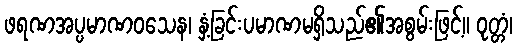
ဖရဏအပ္ပမာဏဝသေန၊ နှံ့ခြင်းပမာဏမရှိသည်၏အစွမ်းဖြင့်။ ဝုတ္တံ၊